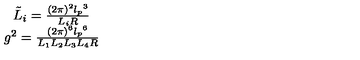
\begin{array} { r c l } { } & { \tilde { L } _ { i } = \frac { ( 2 \pi ) ^ { 2 } { l _ { p } } ^ { 3 } } { L _ { i } R } } \\ { } & { g ^ { 2 } = \frac { ( 2 \pi ) ^ { 6 } { l _ { p } } ^ { 6 } } { L _ { 1 } L _ { 2 } L _ { 3 } L _ { 4 } R } } \\ \end{array}